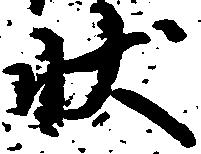
状